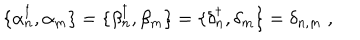
\{ \alpha { ^ \dagger _ { n } } , \alpha _ { m } \} = \{ \beta { _ n ^ { \dagger } } , \beta _ { m } \} = \{ \delta { _ n ^ { \dagger } } , \delta _ { m } \} = \delta _ { n , m } \; ,